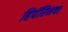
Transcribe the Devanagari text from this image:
हिपॅरिनचा